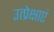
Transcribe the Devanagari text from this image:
उत्प्रेक्षाएं